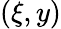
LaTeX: (\xi,y)